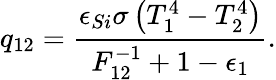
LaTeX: q_{12}=\frac{\epsilon_{Si}\sigma\left(T_{1}^{4}-T_{2}^{4}\right)}{F_{12}^{-1}+1-\epsilon_{1}}{.}